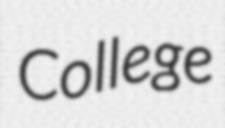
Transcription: College